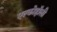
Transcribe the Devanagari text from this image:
एल्कोहॉली